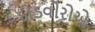
દોડવીરોએ